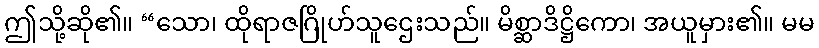
ဤသို့ဆို၏။ “သော၊ ထိုရာဇဂြိုဟ်သူဌေးသည်။ မိစ္ဆာဒိဋ္ဌိကော၊ အယူမှား၏။ မမ